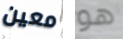
معين هو